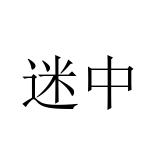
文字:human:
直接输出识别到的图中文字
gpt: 迷中